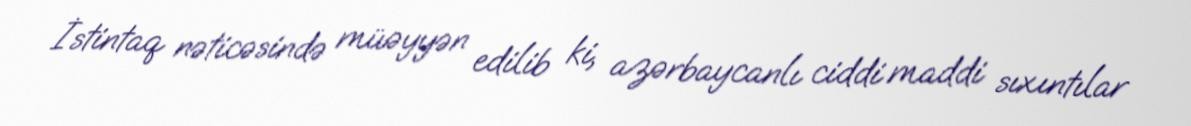
İstintaq nəticəsində müəyyən edilib ki, azərbaycanlı ciddi maddi sıxıntılar